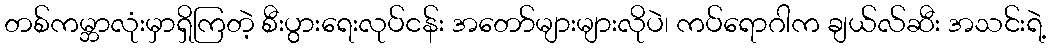
တစ်ကမ္ဘာလုံးမှာရှိကြတဲ့ စီးပွားရေးလုပ်ငန်း အတော်များများလိုပဲ၊ ကပ်ရောဂါက ချယ်လ်ဆီး အသင်းရဲ့